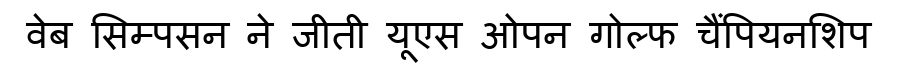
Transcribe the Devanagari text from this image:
वेब सिम्पसन ने जीती यूएस ओपन गोल्फ चैंपियनशिप